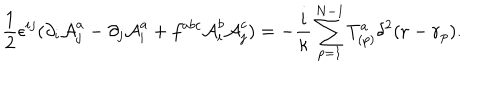
LaTeX: \frac { 1 } { 2 } \epsilon ^ { i j } ( \partial _ { i } { \cal A } _ { j } ^ { a } - \partial _ { j } { \cal A } _ { i } ^ { a } + f ^ { a b c } { \cal A } _ { i } ^ { b } { \cal A } _ { j } ^ { c } ) = - \frac { i } { \kappa } \sum _ { p = 1 } ^ { N - 1 } T _ { ( p ) } ^ { a } \delta ^ { 2 } ( { \bf r } - { \bf r } _ { p } ) .